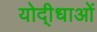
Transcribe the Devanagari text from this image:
योदी्धाओं